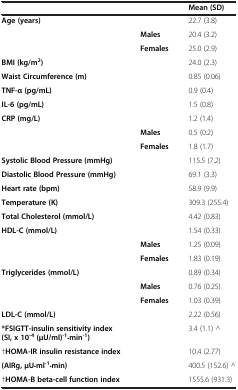
<table><thead><tr><td><b> </b></td><td><b> </b></td><td><b>Mean (SD)</b></td></tr></thead><tbody><tr><td><b>Age (years)</b></td><td> </td><td>22.7 (3.8)</td></tr><tr><td> </td><td><b>Males</b></td><td>20.4 (3.2)</td></tr><tr><td> </td><td><b>Females</b></td><td>25.0 (2.9)</td></tr><tr><td><b>BMI (kg/m</b><sup><b>2</b></sup><b>)</b></td><td> </td><td>24.0 (2.3)</td></tr><tr><td><b>Waist Circumference (m)</b></td><td> </td><td>0.85 (0.06)</td></tr><tr><td><b>TNF-α (pg/mL)</b></td><td> </td><td>0.9 (0.4)</td></tr><tr><td><b>IL-6 (pg/mL)</b></td><td> </td><td>1.5 (0.8)</td></tr><tr><td><b>CRP (mg/L)</b></td><td> </td><td>1.2 (1.4)</td></tr><tr><td> </td><td><b>Males</b></td><td>0.5 (0.2)</td></tr><tr><td> </td><td><b>Females</b></td><td>1.8 (1.7)</td></tr><tr><td><b>Systolic Blood Pressure (mmHg)</b></td><td> </td><td>115.5 (7.2)</td></tr><tr><td><b>Diastolic Blood Pressure (mmHg)</b></td><td> </td><td>69.1 (3.3)</td></tr><tr><td><b>Heart rate (bpm)</b></td><td> </td><td>58.9 (9.9)</td></tr><tr><td><b>Temperature (K)</b></td><td> </td><td>309.3 (255.4)</td></tr><tr><td><b>Total Cholesterol (mmol/L)</b></td><td> </td><td>4.42 (0.83)</td></tr><tr><td><b>HDL-C (mmol/L)</b></td><td> </td><td>1.54 (0.33)</td></tr><tr><td> </td><td><b>Males</b></td><td>1.25 (0.09)</td></tr><tr><td> </td><td><b>Females</b></td><td>1.83 (0.19)</td></tr><tr><td><b>Triglycerides (mmol/L)</b></td><td> </td><td>0.89 (0.34)</td></tr><tr><td> </td><td><b>Males</b></td><td>0.76 (0.25)</td></tr><tr><td> </td><td><b>Females</b></td><td>1.03 (0.39)</td></tr><tr><td><b>LDL-C (mmol/L)</b></td><td> </td><td>2.22 (0.56)</td></tr><tr><td><b>*FSIGTT-insulin sensitivity index (SI, x 10</b><sup><b>-4</b></sup><b>(μU/ml)</b><sup><b>-1</b></sup><b>·min</b><sup><b>-1</b></sup><b>)</b></td><td> </td><td>3.4 (1.1) ^</td></tr><tr><td>†<b>HOMA-IR insulin resistance index</b></td><td> </td><td>10.4 (2.77)</td></tr><tr><td><b>(AIRg, μU·ml</b><sup><b>-1</b></sup><b>·min)</b></td><td> </td><td>400.5 (152.6) ^</td></tr><tr><td>†<b>HOMA-B beta-cell function index</b></td><td> </td><td>1555.6 (931.3)</td></tr></tbody></table>